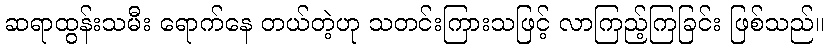
ဆရာထွန်းသမီး ရောက်နေ တယ်တဲ့ဟု သတင်းကြားသဖြင့် လာကြည့်ကြခြင်း ဖြစ်သည်။